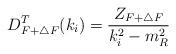
LaTeX: \begin{align*}D_{F+\triangle F}^T(k_i)=\frac{Z_{F+\triangle F}}{k_i^2-m_R^2}\end{align*}